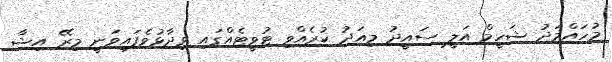
މުހައްމަދު ޝަހީމް އަލީ ސައީދު މިއަދު ކުރެއްވި ޓުވީޓެއްގައި ވިދާޅުވެފައިވަނީ މިރޭ އިޝާ